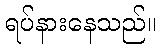
ရပ်နားနေသည်။